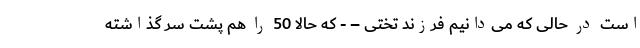
است در حالی که می‌دانیم فرزند تختی – - که حالا 50 را هم پشت سر گذاشته